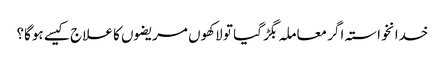
خدانخواستہ اگر معاملہ بگڑ گیا تو لاکھوں مریضوں کا علاج کیسے ہوگا؟